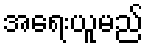
အရေးယူမည်